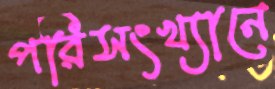
পরিসংখ্যানে